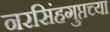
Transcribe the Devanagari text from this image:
नरसिंहगुप्तच्या